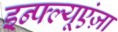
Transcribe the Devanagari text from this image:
इन्फ्ल्यूएंज़ा